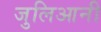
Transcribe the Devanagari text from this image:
जुलिआनी